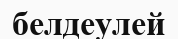
белдеулей